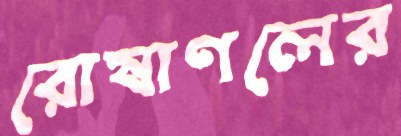
রোষাণলের